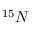
^ { 1 5 } N